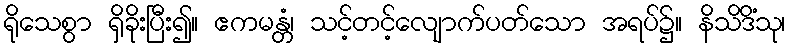
ရိုသေစွာ ရှိခိုးပြီး၍။ ဧကမန္တံ၊ သင့်တင့်လျောက်ပတ်သော အရပ်၌။ နိသိဒိံသု၊